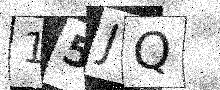
Text: 15JQ